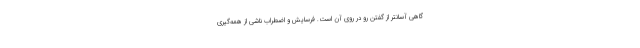
گاهی آسانتر از گفتن رو در روی آن است. فرسایش و اضطراب ناشی از همه‌گیری